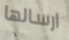
ارسالها